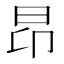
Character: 昂